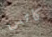
كاتس